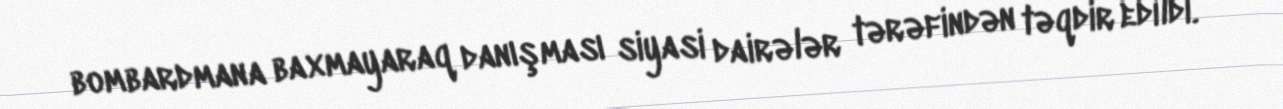
bombardmana baxmayaraq danışması siyasi dairələr tərəfindən təqdir edildi.